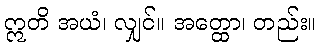
ဣတိ အယံ၊ လျှင်။ အတ္ထော၊ တည်း။